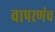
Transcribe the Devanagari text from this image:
वापरणंच